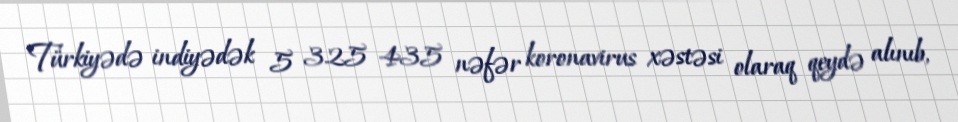
Türkiyədə indiyədək 5 325 435 nəfər koronavirus xəstəsi olaraq qeydə alınıb,